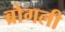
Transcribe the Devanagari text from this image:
ब्रोगली